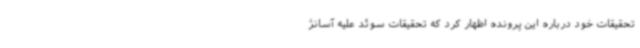
تحقیقات خود درباره این پرونده اظهار کرد که تحقیقات سوئد علیه آسانژ